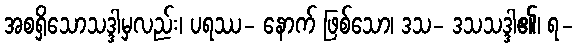
အစရှိသောသဒ္ဒါမှလည်း၊ ပရဿ- နောက် ဖြစ်သော၊ ဒသ- ဒသသဒ္ဒါ၏၊ ရ-